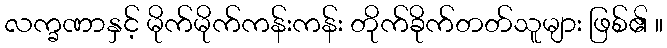
လက္ခဏာနှင့် မိုက်မိုက်ကန်းကန်း တိုက်ခိုက်တတ်သူများ ဖြစ်၏ ။